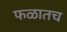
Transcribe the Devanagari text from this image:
फळातच